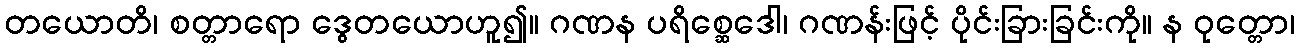
တယောတိ၊ စတ္တာရော ဒွေတယောဟူ၍။ ဂဏန ပရိစ္ဆေဒေါ၊ ဂဏန်းဖြင့် ပိုင်းခြားခြင်းကို။ န ဝုတ္တော၊